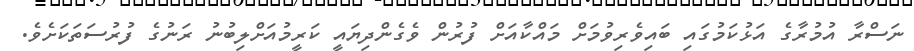
ނަސްރާ އުމުރާގެ އަޅުކަމުގައި ބައިވެރިވުމަށް މައްކާއަށް ފުރުން ވެގެންދިޔައީ ކަރީމުއަށްލިބުނު ރަނުގެ ފުރުސަތަކަށެވެ.